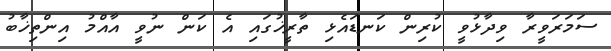
ސަމަރަވީރާ ވިދާޅުވީ ކުރިން ކަނޑައެޅި ތާރީޚުގައި އެ ކަން ނުވީ އާއްމު އިންތިޚާބު